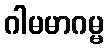
ဂါမမာဂမ္မ